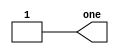
// Problem statement: Build a circuit with no inputs and one output. That output should always drive 1 (or logic high).

//Solution:

module top_module( output wire one );

    assign one =1;

endmodule